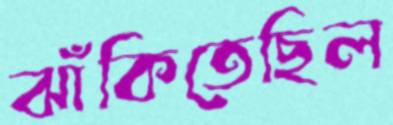
ঝাঁকিতেছিল